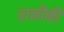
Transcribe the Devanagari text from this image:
रानीकी